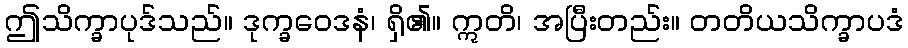
ဤသိက္ခာပုဒ်သည်။ ဒုက္ခဝေဒနံ၊ ရှိ၏။ ဣတိ၊ အပြီးတည်း။ တတိယသိက္ခာပဒံ